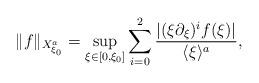
LaTeX: \begin{align*} \| f\|_{X^a_{\xi_0}} = \sup_{\xi \in [0,\xi_0]} \sum_{i=0}^2 \frac{ \left| ( \xi \partial_\xi )^i f (\xi) \right| }{ \langle \xi \rangle^{a} },\end{align*}